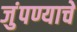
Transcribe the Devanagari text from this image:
जुंपण्याचे